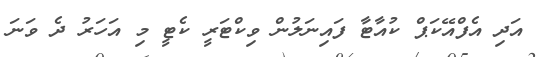
އަދި އެފްއޭކަޕް ކުއާޓާ ފައިނަލުން ވިކްޓަރީ ކެޓީ މި އަހަރު ދެ ވަނަ